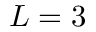
L = 3